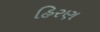
હિરણ